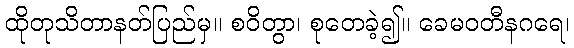
ထိုတုသိတာနတ်ပြည်မှ။ စဝိတွာ၊ စုတေခဲ့၍။ ခေမဝတီနဂရေ၊